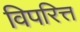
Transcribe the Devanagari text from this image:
विपरित्त